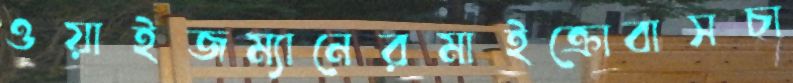
ওয়াইজম্যানেরমাইক্রোবাসচা